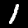
Label: 1